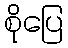
စိုပြေ